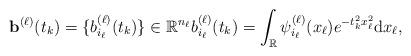
LaTeX: \begin{align*} \textbf{b}^{(\ell)}(t_k)=\{b^{(\ell)}_{i_\ell}(t_k)\} \in \mathbb{R}^{n_\ell} b^{(\ell)}_{i_\ell}(t_k)= \int_{\mathbb{R}} \psi^{(\ell)}_{i_\ell}(x_\ell) e^{- t_k^2 x^2_\ell } \mathrm{d}x_\ell,\end{align*}